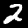
Label: 2